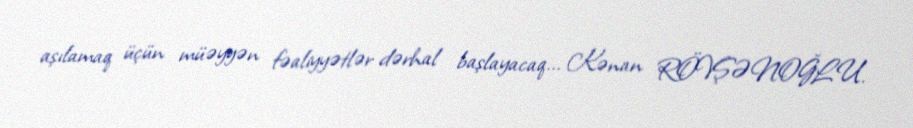
aşılamaq üçün müəyyən fəaliyyətlər dərhal başlayacaq... Kənan RÖVŞƏNOĞLU.